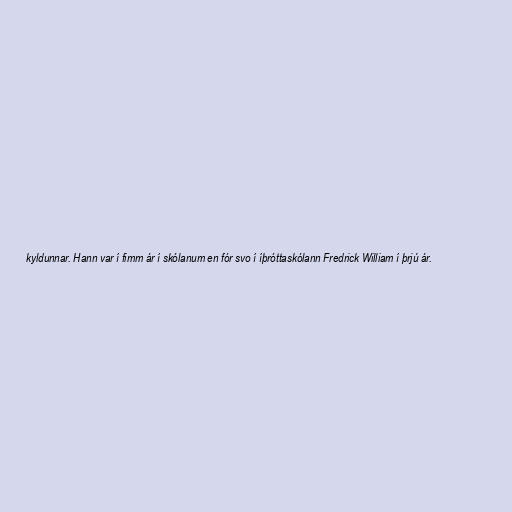
kyldunnar. Hann var í fimm ár í skólanum en fór svo í íþróttaskólann Fredrick William í þrjú ár.